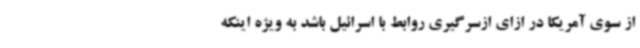
از سوی آمریکا در ازای ازسرگیری روابط با اسرائیل باشد به ویژه اینکه